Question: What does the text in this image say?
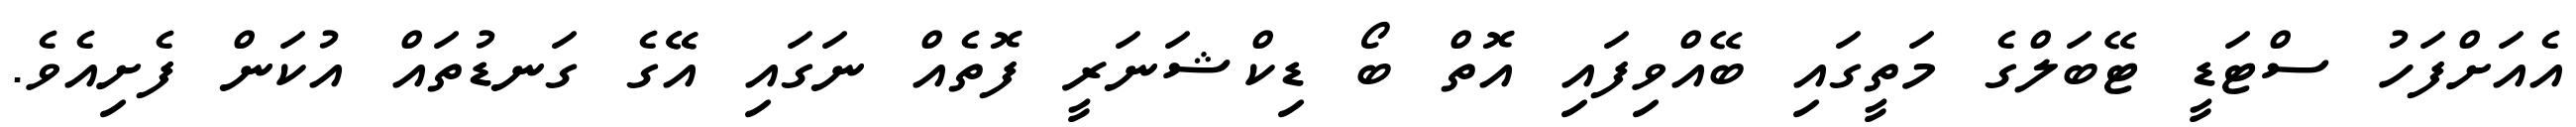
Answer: އެއަށްފަހު ސްޓަޑީ ޓޭބަލްގެ މަތީގައި ބޭއްވިފައި އޮތް ބޯ ޑިކްޝަނަރީ ފޮތެއް ނަގައި އޭޭގެ ގަނޑުތައް އުކަން ފެށިއެވެ.